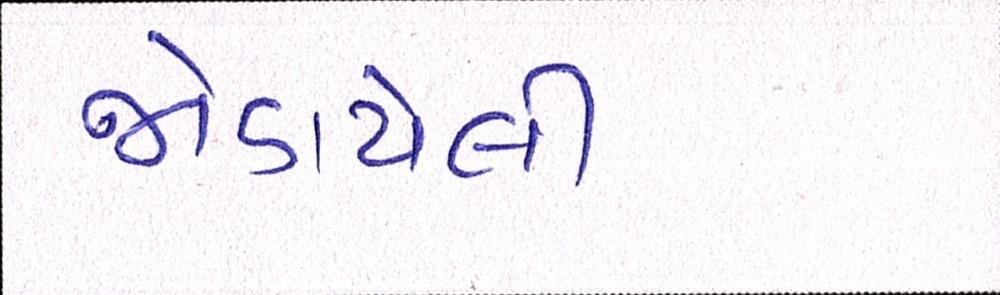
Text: જોડાયેલી